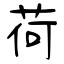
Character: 荷